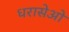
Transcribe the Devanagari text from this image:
धरासेओ